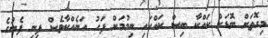
މިގޮތަށް ބޮޑަށް ކައްކާ ބިސް ކައްކައި ނިމުމަށް ފަހު އަނެއްކާވެސް ފިނި ފެނުގެ